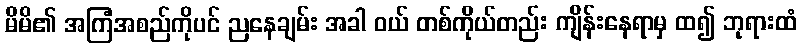
မိမိ၏ အကြံအစည်ကိုပင် ညနေချမ်း အခါ ဝယ် တစ်ကိုယ်တည်း ကျိန်းနေရာမှ ထ၍ ဘုရားထံ